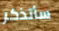
سأتذكر